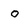
Character: o